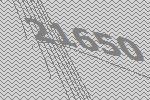
21650